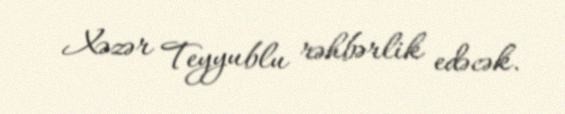
Xəzər Teyyublu rəhbərlik edəcək.